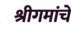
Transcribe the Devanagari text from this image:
श्रीगमांचे